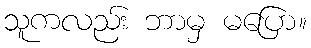
သူကလည်း ဘာမှ မပြော။